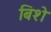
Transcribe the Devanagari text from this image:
बिशे